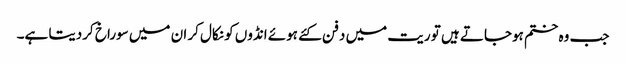
جب وہ ختم ہوجاتے ہیں تو ریت میں دفن کئے ہوئے انڈوں کو نکال کر ان میں سوراخ کردیتا ہے۔